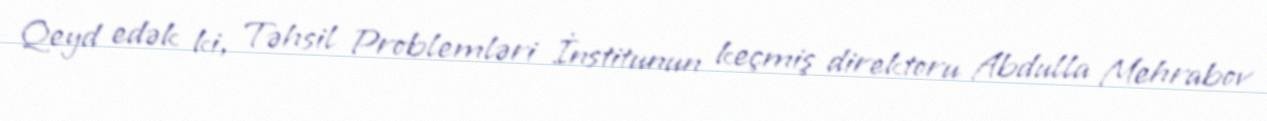
Qeyd edək ki, Təhsil Problemləri İnstitunun keçmiş direktoru Abdulla Mehrabov